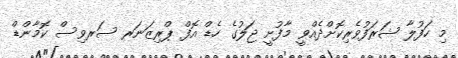
މި ހަފުލާ ޝަރަފުވެރިކޮށްދެއްވީ މާފުށީ ޖަލުގެ ހެޑް އޮފް ޕްރިޒަނަރ ސަރވިސް ކޮމާންޑް